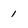
Character: 1